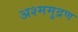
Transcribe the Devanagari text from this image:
अश्ममुद्रण